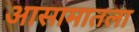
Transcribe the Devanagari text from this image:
आसामातला